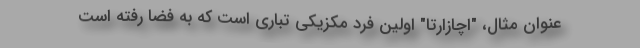
عنوان مثال، "اچازارتا" اولین فرد مکزیکی تباری است که به فضا رفته است